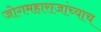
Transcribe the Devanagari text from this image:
जोगमहाराजांच्याच